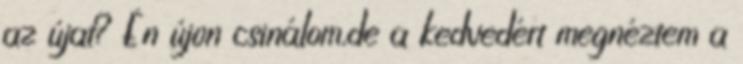
az újat? Én újon csinálom,de a kedvedért megnéztem a